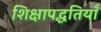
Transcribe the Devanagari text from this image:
शिक्षापद्धतियाँ